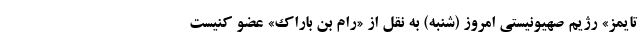
تایمز» رژیم صهیونیستی امروز (شنبه) به نقل از «رام بن باراک» عضو کنیست